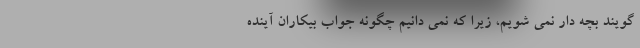
گویند بچه دار نمی شویم، زیرا که نمی دانیم چگونه جواب بیکاران آینده